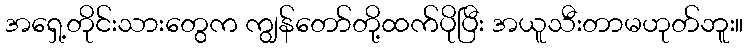
အရှေ့တိုင်းသားတွေက ကျွန်တော်တို့ထက်ပိုပြီး အယူသီးတာမဟုတ်ဘူး။